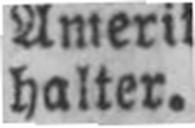
halter.